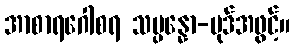
အာစာရဂေါစရ သမ္ပန္နော-ပုဒ်အဖွင့်။